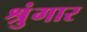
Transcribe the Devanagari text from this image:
श्रुंगार